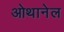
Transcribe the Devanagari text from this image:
ओथानेल